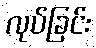
လုပ်ခြင်း